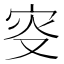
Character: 叜